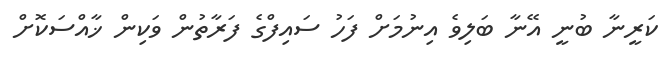
ކަރީނާ ބުނީ އޭނާ ބަލިވެ އިނުމަށް ފަހު ސައިފްގެ ފަރާތުން ވަކިން ޚާއްސަކޮށް